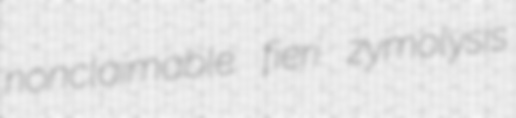
nonclaimable fieri zymolysis